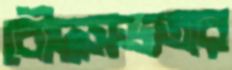
বৌদ্ধসভ্যতার